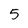
Character: 5